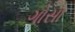
ગોસા